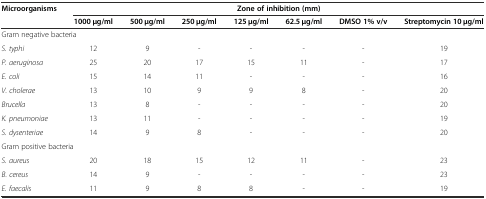
<table><thead><tr><td rowspan="2"><b>Microorganisms</b></td><td colspan="7"><b>Zone of inhibition (mm)</b></td></tr><tr><td><b>1000 μg/ml</b></td><td><b>500 μg/ml</b></td><td><b>250 μg/ml</b></td><td><b>125 μg/ml</b></td><td><b>62.5 μg/ml</b></td><td><b>DMSO 1% v/v</b></td><td><b>Streptomycin 10 μg/ml</b></td></tr></thead><tbody><tr><td colspan="8">Gram negative bacteria</td></tr><tr><td><i>S. typhi</i></td><td>12</td><td>9</td><td>-</td><td>-</td><td>-</td><td>-</td><td>19</td></tr><tr><td><i>P. aeruginosa</i></td><td>25</td><td>20</td><td>17</td><td>15</td><td>11</td><td>-</td><td>17</td></tr><tr><td><i>E. coli</i></td><td>15</td><td>14</td><td>11</td><td>-</td><td>-</td><td>-</td><td>16</td></tr><tr><td><i>V. cholerae</i></td><td>13</td><td>10</td><td>9</td><td>9</td><td>8</td><td>-</td><td>20</td></tr><tr><td><i>Brucella</i></td><td>13</td><td>8</td><td>-</td><td>-</td><td>-</td><td>-</td><td>20</td></tr><tr><td><i>K. pneumoniae</i></td><td>13</td><td>11</td><td>-</td><td>-</td><td>-</td><td>-</td><td>19</td></tr><tr><td><i>S. dysenteriae</i></td><td>14</td><td>9</td><td>8</td><td>-</td><td>-</td><td>-</td><td>20</td></tr><tr><td colspan="8">Gram positive bacteria</td></tr><tr><td><i>S. aureus</i></td><td>20</td><td>18</td><td>15</td><td>12</td><td>11</td><td>-</td><td>23</td></tr><tr><td><i>B. cereus</i></td><td>14</td><td>9</td><td>-</td><td>-</td><td>-</td><td>-</td><td>23</td></tr><tr><td><i>E. faecalis</i></td><td>11</td><td>9</td><td>8</td><td>8</td><td>-</td><td>-</td><td>19</td></tr></tbody></table>